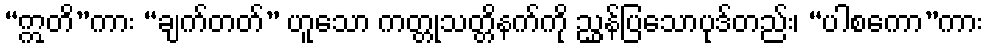
“ဣတိ”ကား “ချက်တတ်” ဟူသော ကတ္တုသတ္တိနက်ကို ညွှန်ပြသောပုဒ်တည်း၊ “ပါစကော”ကား